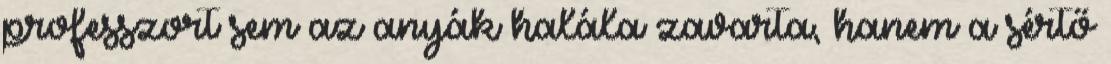
professzort sem az anyák halála zavarta, hanem a sértő